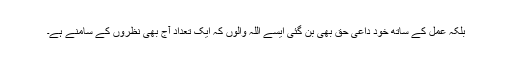
بلکہ عمل کے ساتھ خود داعی حق بھی بن گئی ایسے اللہ والوں کہ ایک تعداد آج بھی نظروں کے سامنے ہے۔